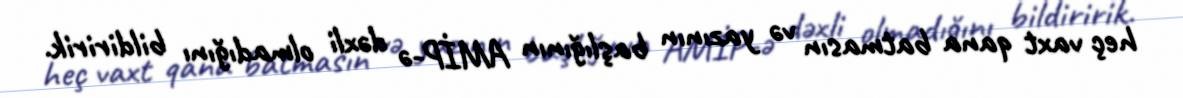
heç vaxt qana batmasın və yazının başlığının AMİP-ə dəxli olmadığını bildiririk.